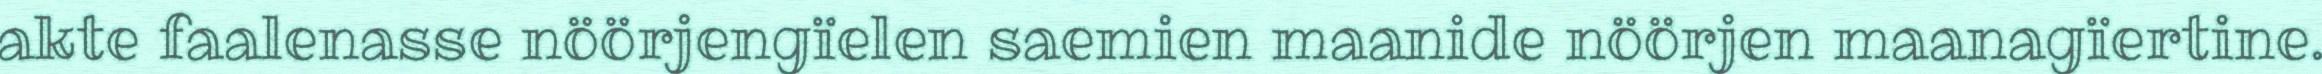
akte faalenasse nöörjengïelen saemien maanide nöörjen maanagïertine.